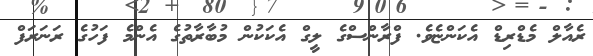
ރެއާލް މެޑްރިޑް އެކަންޏެވެ. ފްރާންސްގެ ލީގް އެކަކުން މުބާރާތުގެ އެންމެ ފަހުގެ ރަނަރަފް